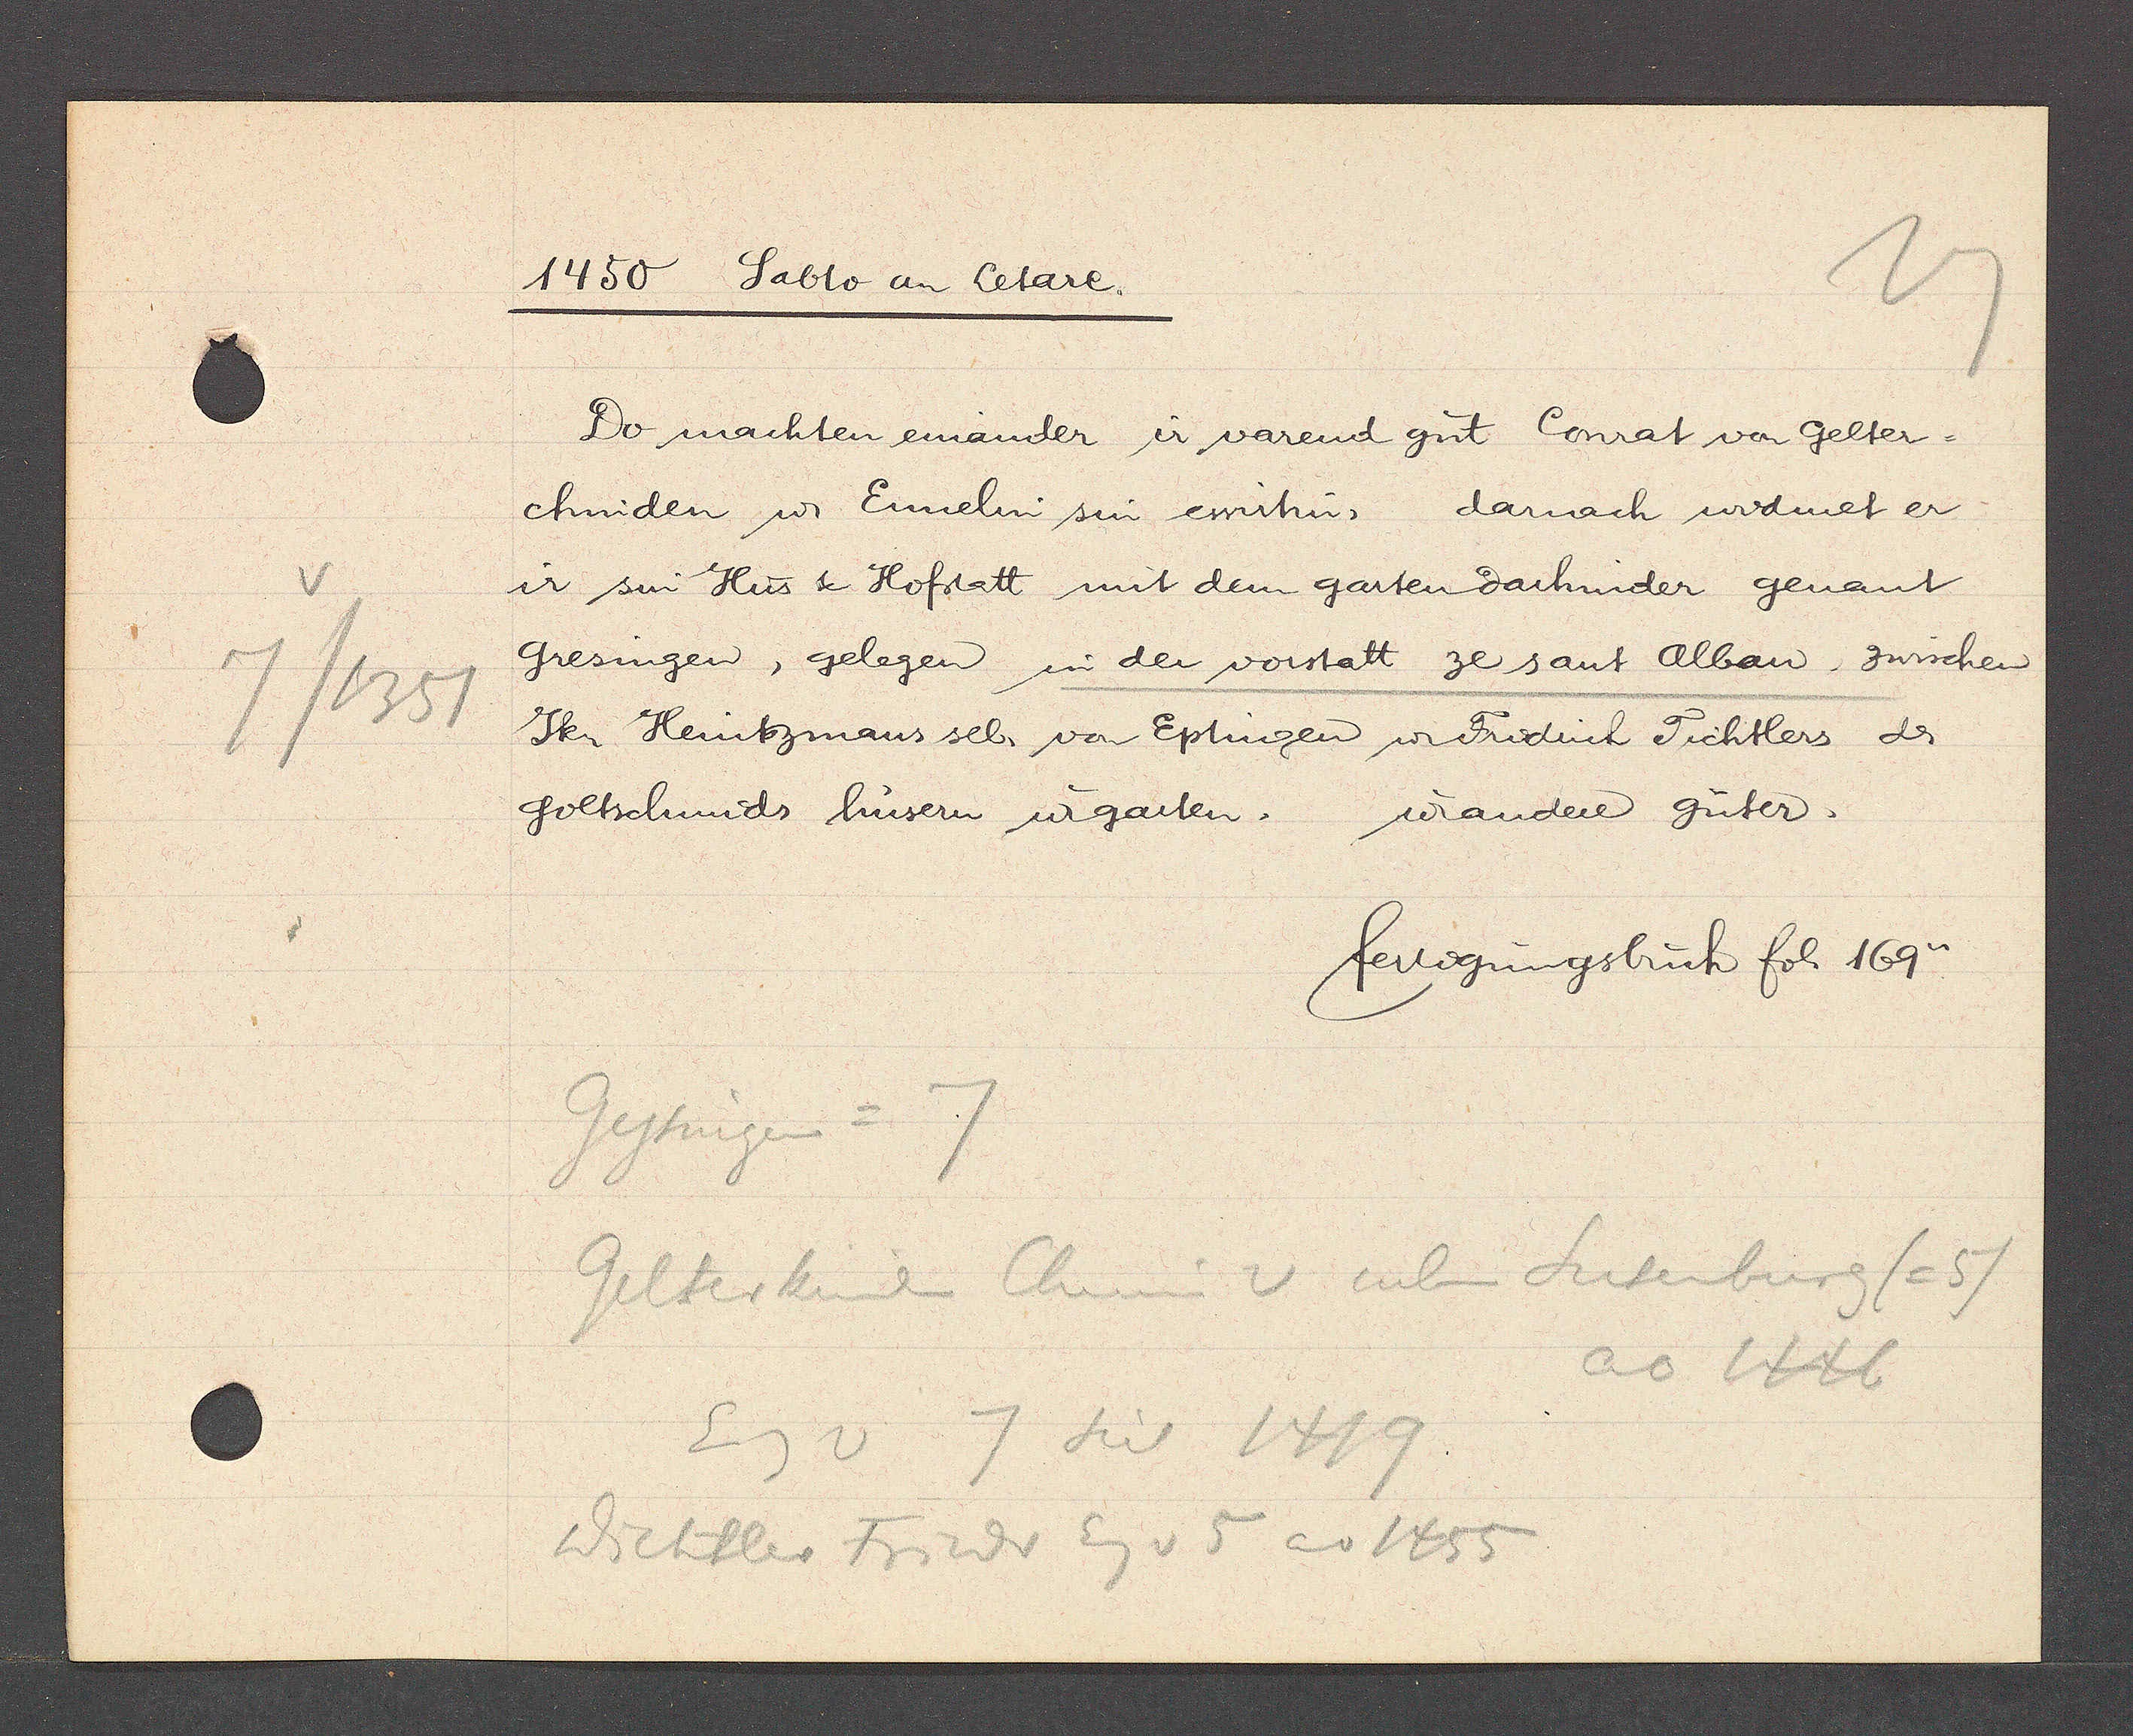
Transcript:
/1351

1450
Sabto an Cetare.

Do machten einander ir varend gut Conrat von Gelter¬
chniden u Ennelin sin ewirtin, darnach widmet er
ir sin Hus & Hofstatt mit dem garten darhinder genant
Gresingen, gelegen in der vorstatt ze sant Alban, zwischen
Jkr Heintzmans sel. von Eptingen u Fridrich Tichtlers dr
goltschmids hüsern u garten.
urandere Güter.

fertigungsbuch fol. 169v.

Geytingen =
Gelterkinden Chuni v neben Sutenburg (=5)
ao 1446
Eig v 7 seit 1419
Wichtler Friedr Eig v 5 ao 1455